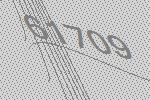
61709